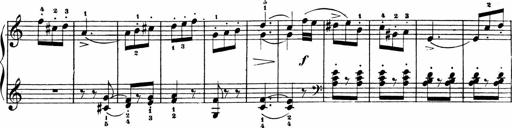
Title: Sonatinen Op.47, 98 und 136, nebst 6 Liedersonatinen
Composer: Carl Reinecke